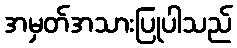
အမှတ်အသားပြုပါသည်